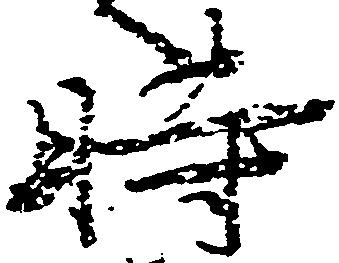
時